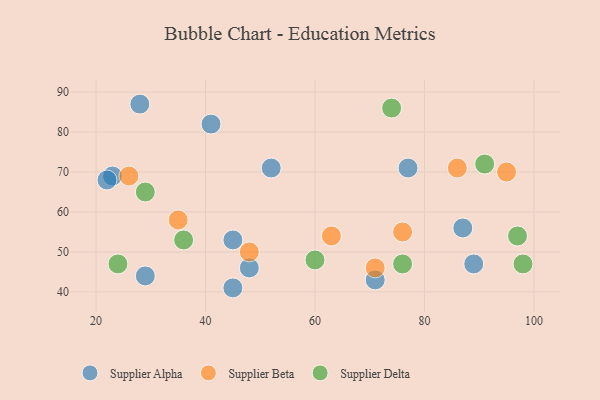
{"axis": {"x": "GDP", "y": "Life Expectancy"}, "legend": ["Supplier Alpha", "Supplier Beta", "Supplier Delta"], "data": [{"x": "45", "y": 41, "type": "Supplier Alpha"}, {"x": "87", "y": 56, "type": "Supplier Alpha"}, {"x": "48", "y": 46, "type": "Supplier Alpha"}, {"x": "45", "y": 53, "type": "Supplier Alpha"}, {"x": "41", "y": 82, "type": "Supplier Alpha"}, {"x": "23", "y": 69, "type": "Supplier Alpha"}, {"x": "89", "y": 47, "type": "Supplier Alpha"}, {"x": "28", "y": 87, "type": "Supplier Alpha"}, {"x": "22", "y": 68, "type": "Supplier Alpha"}, {"x": "29", "y": 44, "type": "Supplier Alpha"}, {"x": "71", "y": 43, "type": "Supplier Alpha"}, {"x": "52", "y": 71, "type": "Supplier Alpha"}, {"x": "77", "y": 71, "type": "Supplier Alpha"}, {"x": "76", "y": 55, "type": "Supplier Beta"}, {"x": "63", "y": 54, "type": "Supplier Beta"}, {"x": "86", "y": 71, "type": "Supplier Beta"}, {"x": "48", "y": 50, "type": "Supplier Beta"}, {"x": "26", "y": 69, "type": "Supplier Beta"}, {"x": "95", "y": 70, "type": "Supplier Beta"}, {"x": "35", "y": 58, "type": "Supplier Beta"}, {"x": "71", "y": 46, "type": "Supplier Beta"}, {"x": "76", "y": 47, "type": "Supplier Delta"}, {"x": "29", "y": 65, "type": "Supplier Delta"}, {"x": "36", "y": 53, "type": "Supplier Delta"}, {"x": "74", "y": 86, "type": "Supplier Delta"}, {"x": "24", "y": 47, "type": "Supplier Delta"}, {"x": "60", "y": 48, "type": "Supplier Delta"}, {"x": "91", "y": 72, "type": "Supplier Delta"}, {"x": "98", "y": 47, "type": "Supplier Delta"}, {"x": "97", "y": 54, "type": "Supplier Delta"}]}